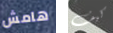
هامش كيف